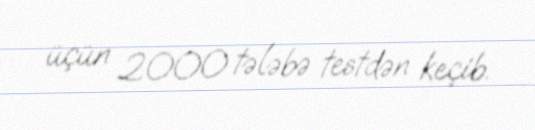
üçün 2000 tələbə testdən keçib.